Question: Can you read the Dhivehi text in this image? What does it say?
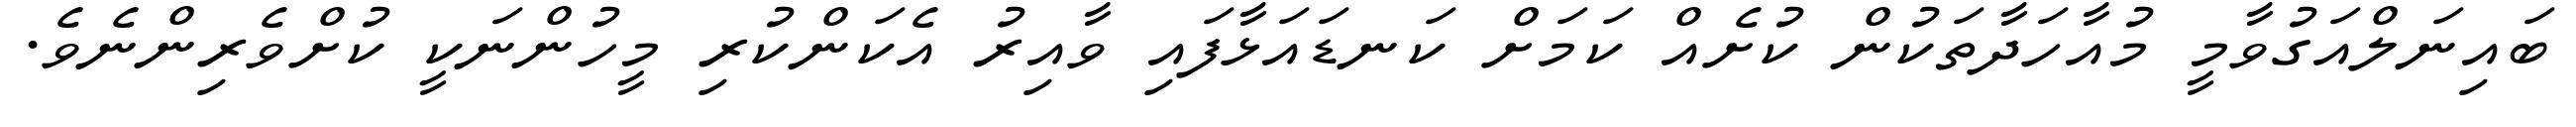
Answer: ބައިނަލްއަގުވާމީ މުއާހަދާތަކުން ކުށެއް ކަމަށް ކަނޑައަޅާފައި ވާއިރު އެކަންކުރި މީހުންނަކީ ކުށްވެރިންނެވެ.